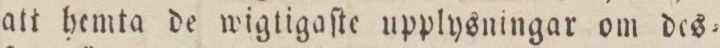
att hemta de wigtigaſte upplysningar om des=